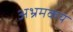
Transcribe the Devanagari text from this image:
अभ्रमकय